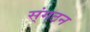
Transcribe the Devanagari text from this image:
स्ंगठन